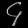
Digit: ၄